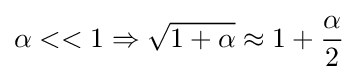
\alpha <<1\Rightarrow {\sqrt {1+\alpha }}\approx 1+{\frac {\alpha }{2}}